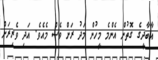
އާބާދީގެ ގޮތުން އެންމެ މީހުން މަދު ރަށް ވެސް މެއެވެ. އަދި ވެރިރަށް